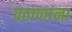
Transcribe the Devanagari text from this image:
पठाणांना